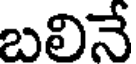
బలినే